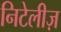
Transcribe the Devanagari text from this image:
निटेलीज़